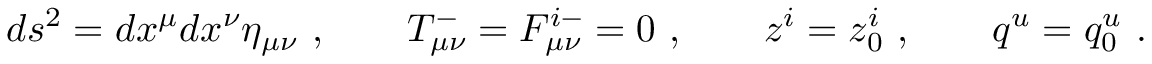
d s ^ { 2 } = d x ^ { \mu } d x ^ { \nu } \eta _ { \mu \nu } \ , \qquad T _ { \mu \nu } ^ { - } = { \cal F } _ { \mu \nu } ^ { i - } = 0 \ , \qquad z ^ { i } = z _ { 0 } ^ { i } \ , \qquad q ^ { u } = q _ { 0 } ^ { u } \ .